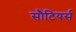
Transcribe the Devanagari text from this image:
सौटियर्स